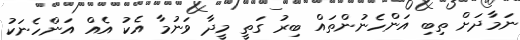
ނަމާދަށް ތިބި އަންހެނުންތައް ބިރު ގަތީ މީދާ ވަނުމާ އެކު އެއް އަންހެނަކު